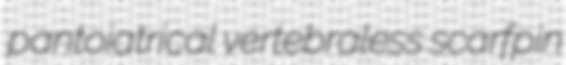
pantoiatrical vertebraless scarfpin